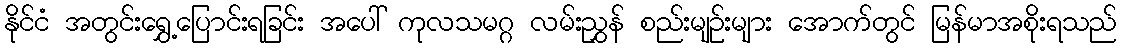
နိုင်ငံ အတွင်းရွှေ့ပြောင်းရခြင်း အပေါ် ကုလသမဂ္ဂ လမ်းညွှန် စည်းမျဉ်းများ အောက်တွင် မြန်မာအစိုးရသည်